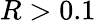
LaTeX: R>0.1